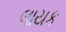
લાયક